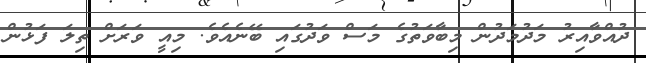
ދުއްވާއިރު މަދުމަދުން މިބާވަތުގެ މަސް ވަދުގައި ބޭނެއެވެ. މިއީ ވަރަށް ތިލަ ފަޅުން